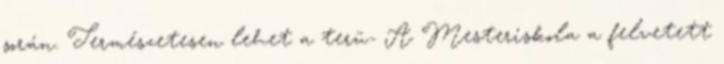
során. Természetesen lehet a terü- A Mesteriskola a felvetett